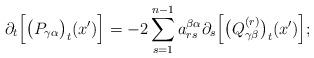
LaTeX: \begin{align*}\partial_t\Big[\big(P_{\gamma\alpha}\big)_t(x')\Big]=-2\sum\limits_{s=1}^{n-1}a^{\beta\alpha}_{rs}\partial_s\Big[\big(Q^{(r)}_{\gamma\beta}\big)_t(x')\Big];\end{align*}